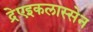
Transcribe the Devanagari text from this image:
द्रेएइकलास्सेन